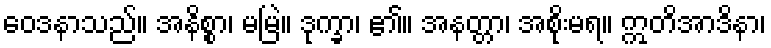
ဝေဒနာသည်။ အနိစ္စာ၊ မမြဲ။ ဒုက္ခာ၊ ၏။ အနတ္တာ၊ အစိုးမရ။ ဣတိအာဒိနာ၊